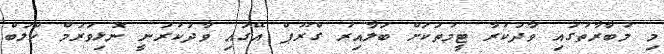
މި މުބާރާތުގައި ވާދަކުރާ ޓީމުތަކަށް ބަލާއިރު ގްރޫޕް އޭގައި ވާދަކުރަނީ ނޮޅިވަރަމް ކްލަބް